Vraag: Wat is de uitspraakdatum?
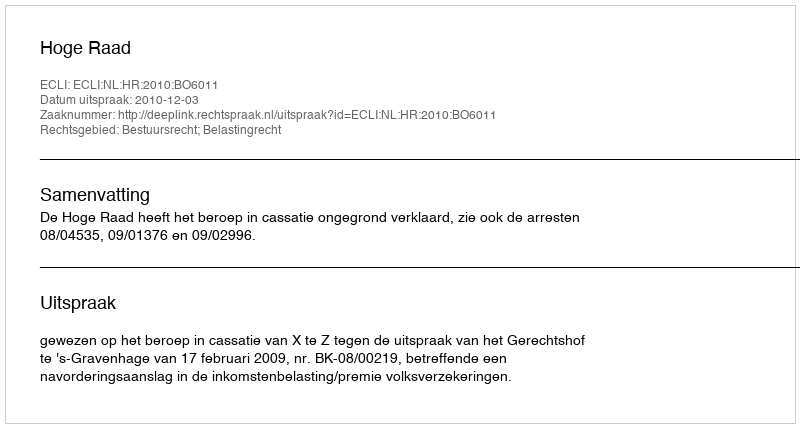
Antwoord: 2010-12-03